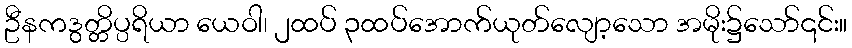
ဦနကဒွတ္တိပ္ပရိယာ ယေဝါ၊ ၂ထပ် ၃ထပ်အောက်ယုတ်လျော့သော အမိုး၌သော်၎င်း။